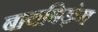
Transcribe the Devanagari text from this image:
बायबिड़ंग